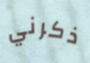
ذكرني